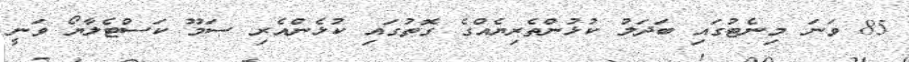
85 ވަނަ މިނެޓުގައި ބަދަލު ކުޅުންތެރިޔެއްގެ ގޮތުގައި ކުޅެންއެރި ސަމޫ ކަސްޓެލާޔޯ ވަނީ